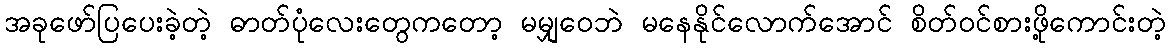
အခုဖော်ပြပေးခဲ့တဲ့ ဓာတ်ပုံလေးတွေကတော့ မမျှဝေဘဲ မနေနိုင်လောက်အောင် စိတ်ဝင်စားဖို့ကောင်းတဲ့